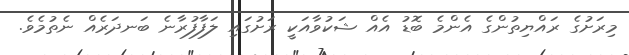
މިރަށުގެ ރައްޔިތުންގެ އެންމެ ބޮޑު އެއް ޝަކުވާއަކީ ރަށުގައި ލަފާފުރާނެ ބަނދަރެއް ނެތުމެވެ.